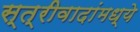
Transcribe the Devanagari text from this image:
स्त्रीवादांमध्ये